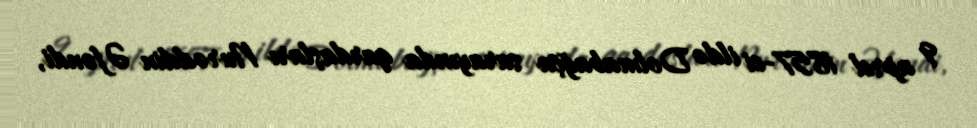
9 aprel 1857-ci ildə Dolmabağça sarayında qardaşları Nurəddin Əfəndi,